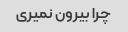
چرا بیرون نمیری